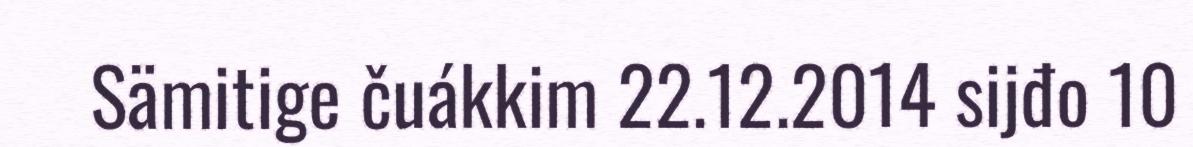
Sämitige čuákkim 22.12.2014 sijđo 10